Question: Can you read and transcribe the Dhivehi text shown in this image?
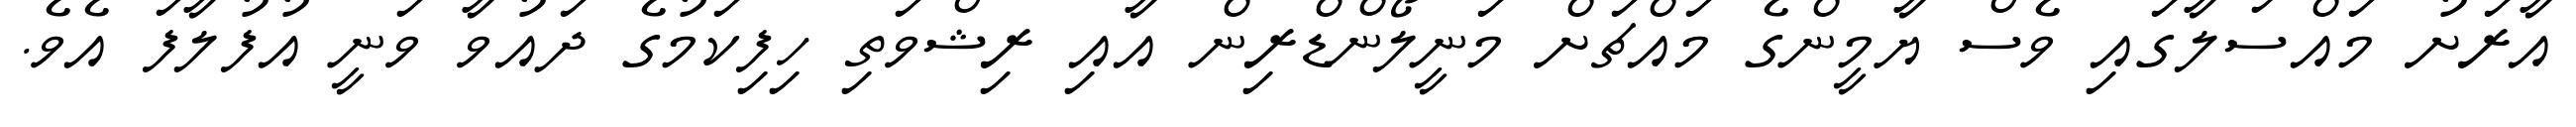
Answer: އާރަށު މައްސަލާގައި ވެސް ޔާމީންގެ މައްޗަށް މަނީލޯންޑްރިން އާއި ރިޝްވަތި ހިފިކަމުގެ ދައުވާ ވަނީ އުފުލާފަ އެވެ.